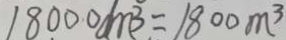
1 8 0 0 0 d m ^ { 3 } = 1 8 0 0 m ^ { 3 }